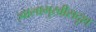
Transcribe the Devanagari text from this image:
ज्वालामुखीसदृश